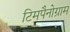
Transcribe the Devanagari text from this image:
टिमपैनोग्राम